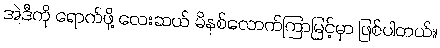
အဲဒီကို ရောက်ဖို့ လေးဆယ် မိနစ်လောက်ကြာမြင့်မှာ ဖြစ်ပါတယ်။